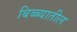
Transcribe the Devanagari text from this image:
बिब्ब्यातील